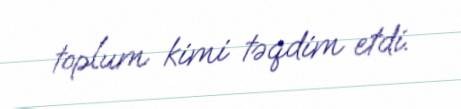
toplum kimi təqdim etdi.